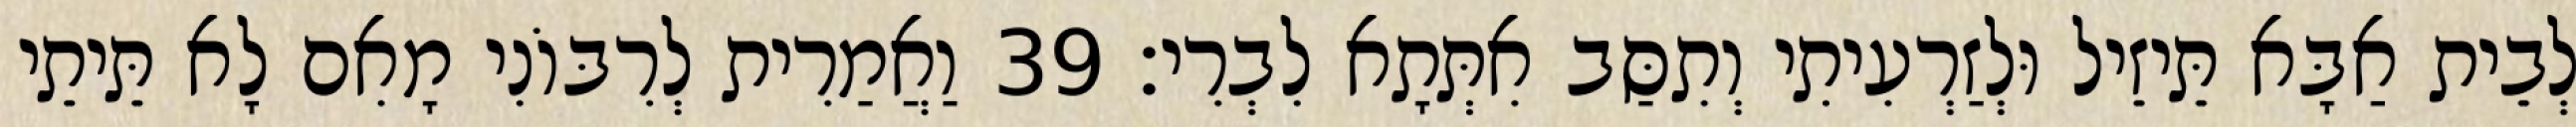
לְבֵית אַבָּא תֵּיזֵיל וּלְזַרְעִיתִי וְתִסַּב אִתְּתָא לִבְרִי׃ 39 וַאֲמַרִית לְרִבּוֹנִי מָאִם לָא תֵּיתֵי